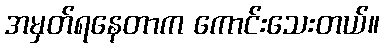
အမှတ်ရနေတာက ကောင်းသေးတယ်။